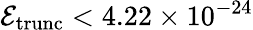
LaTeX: \mathcal{E}_{\mathrm{trunc}}<4.22\times 10^{-24}